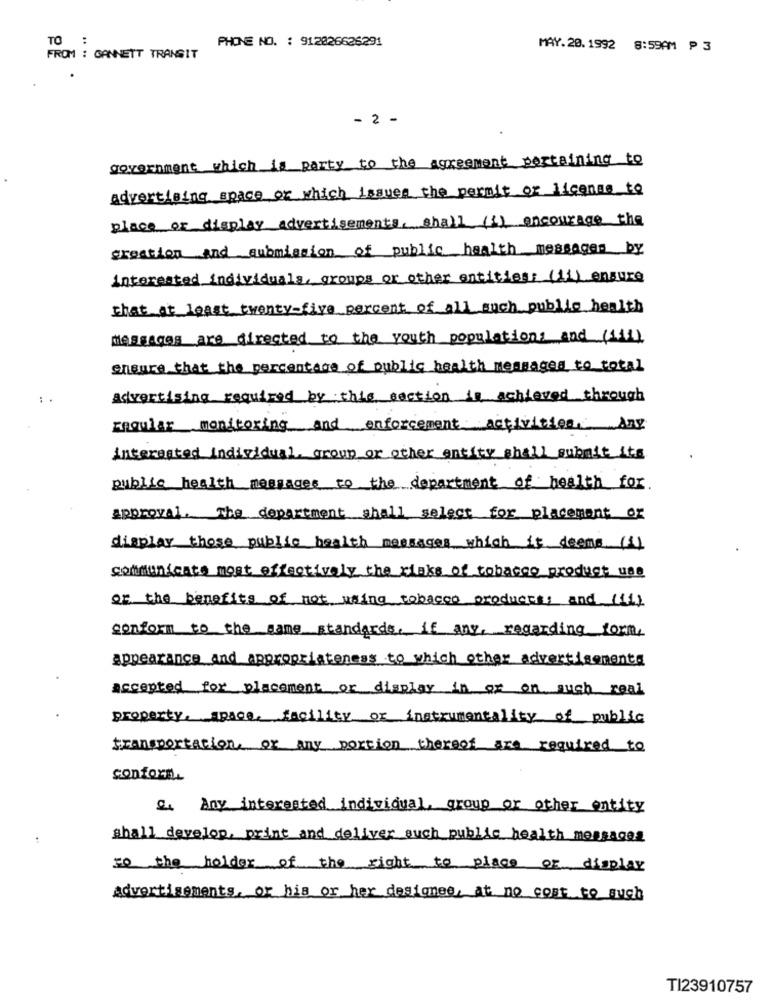
TO :
PHONE NO. : 912026626291
MAY. 20. 1992 8:59AM ₱ 3
FROM : GANNETT TRANSIT
- 2 -
government which is party to the agreement pertaining to
advertising space of which issues the permit or license to
place or display advertisements, shall (i) encourage the
creation And submission of public health messages by
interested individuals, groups or other entities; (ii) ensure
that at least twenty-five percent of all such public health
Messages are directed to the youth populations and (1)
ensure that the percentage of public health messages to total
Advertising required by this section is achieved through
regular monitoring and enforcement activities. Any
interested individual group or other entity shall submit its
public health messages to the department of health for.
approval. The department shall select for placement or
display those public health messages which it deems (1)
communicate most effectively the risks of tobacco product use
of the benefits of not using tobacco products, and (ii)
conform to the same standards, if any, regarding form,
appearance and appropriateness to which other advertisements
accepted for placement or display in or on such real
property. space. facility or instrumentality of public
transportation, or any portion thereof are required to
conforn.
Q. Any interested individual, group or other entity
shall develop, print and deliver auch public health messages
To the holder of the right to place OF display
Advertisements, or his or her designee, at no cost to such
TI23910757